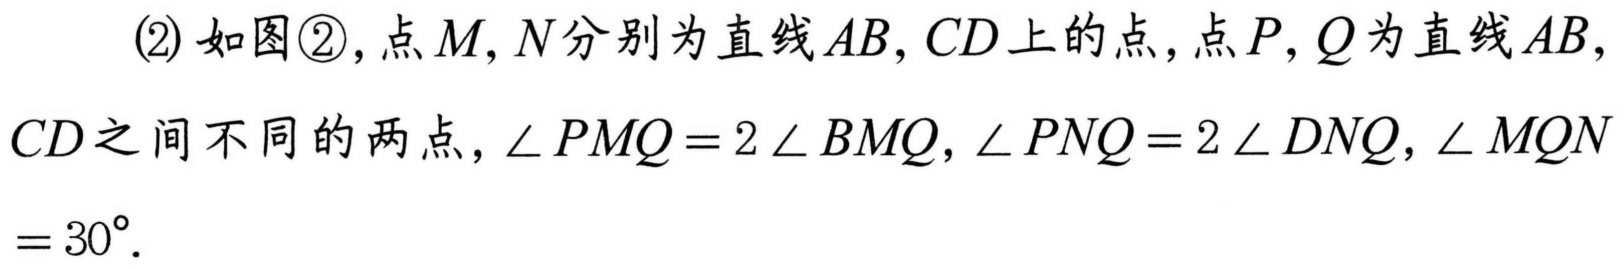
(2) 如图\textcircled{2}，点\(M,N\)分别为直线\(AB,CD\)上的点，点\(P,Q\)为直线\(AB,\)
\(CD\)之间不同的两点，\(\angle PMQ = 2\angle BMQ\)，\(\angle PNQ = 2\angle DNQ\)，\(\angle MQN\)
\(= 30^{\circ}\).